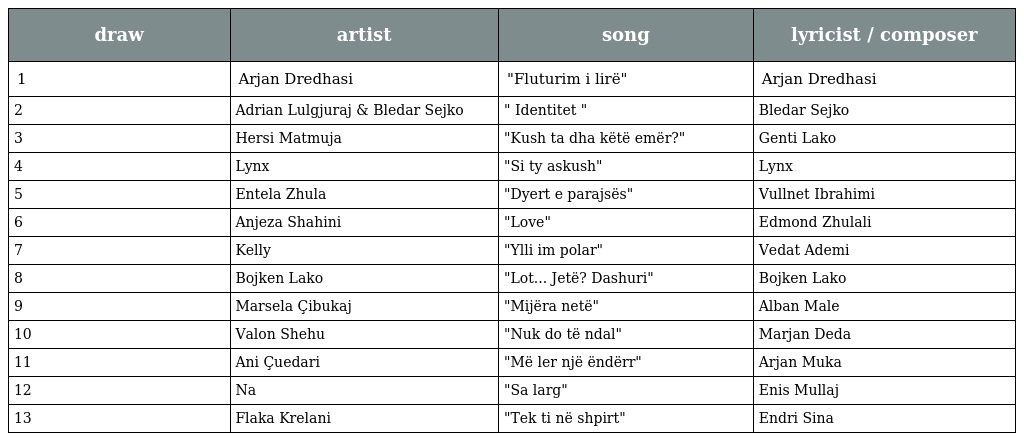
| draw | artist | song | lyricist / composer |
 | --- | --- | --- | --- |
 | 1 | Arjan Dredhasi | "Fluturim i lirë" | Arjan Dredhasi |
 | 2 | Adrian Lulgjuraj & Bledar Sejko | " Identitet " | Bledar Sejko |
 | 3 | Hersi Matmuja | "Kush ta dha këtë emër?" | Genti Lako |
 | 4 | Lynx | "Si ty askush" | Lynx |
 | 5 | Entela Zhula | "Dyert e parajsës" | Vullnet Ibrahimi |
 | 6 | Anjeza Shahini | "Love" | Edmond Zhulali |
 | 7 | Kelly | "Ylli im polar" | Vedat Ademi |
 | 8 | Bojken Lako | "Lot... Jetë? Dashuri" | Bojken Lako |
 | 9 | Marsela Çibukaj | "Mijëra netë" | Alban Male |
 | 10 | Valon Shehu | "Nuk do të ndal" | Marjan Deda |
 | 11 | Ani Çuedari | "Më ler një ëndërr" | Arjan Muka |
 | 12 | Na | "Sa larg" | Enis Mullaj |
 | 13 | Flaka Krelani | "Tek ti në shpirt" | Endri Sina |